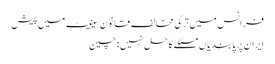
فرانس میں ترکی مخالف قانون سینیٹ میں پیش
ایران پر پابندیاں مسئلے کا حل نہیں: چین